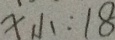
x _ { 小 } : 1 8